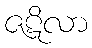
ဇဋိလာ